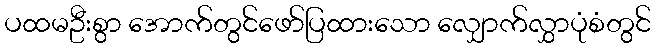
ပထမဦးစွာ အောက်တွင်ဖော်ပြထားသော လျှောက်လွှာပုံစံတွင်